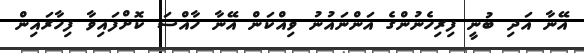
އޭނާ އަދި ބުނީ ފިރިހެނުންގެ އަންނައުނު ވިއްކަން އޭނާ ހާއްސަ ކޮށްފައިވާ ފިހާރައިން